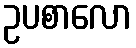
ဥပစာလော